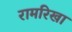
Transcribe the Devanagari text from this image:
रामरिखा